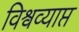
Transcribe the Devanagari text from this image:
विश्वव्याप्त